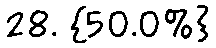
28. {50.0%}